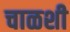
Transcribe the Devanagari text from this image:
चाळशी